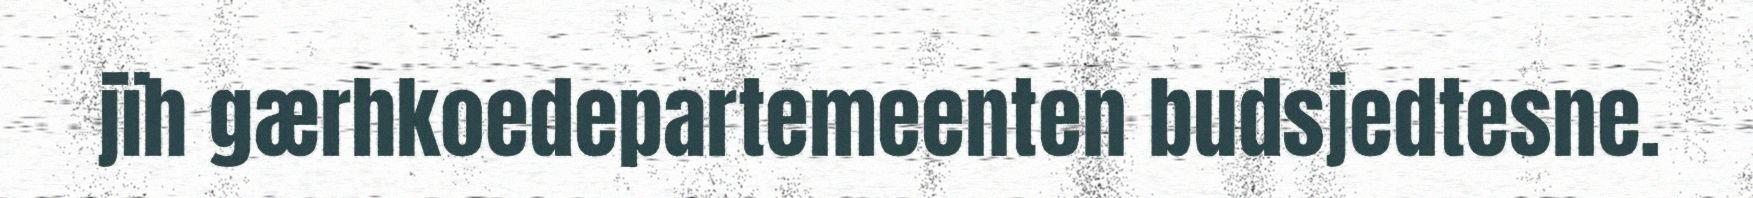
jïh gærhkoedepartemeenten budsjedtesne.